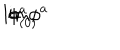
\mathrm { l i m } \phi ^ { a } \hspace { . 2 c m } = \hspace { . 2 c m } \phi _ { ( 0 ) } ^ { a }